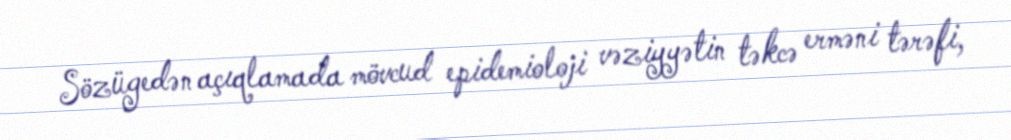
Sözügedən açıqlamada mövcud epidemioloji vəziyyətin təkcə erməni tərəfi,